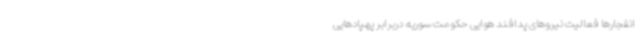
انفجارها فعالیت نیروهای پدافند هوایی حکومت سوریه دربرابر پهپادهایی